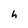
Character: h